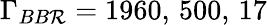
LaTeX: \Gamma_{BB\mathcal{R}}=1960,\, 500,\, 17